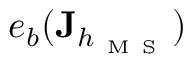
e _ { b } ( \mathbf { J } _ { h _ { \mathrm { ~ M ~ S ~ } } } )